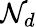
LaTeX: \mathcal{N}_{d}